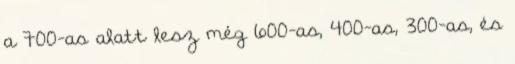
a 700-as alatt lesz még 600-as, 400-as, 300-as, és